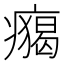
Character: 𤺐